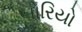
બોરિયો